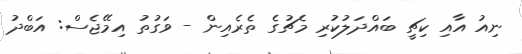
ނިއު އާއި ކިޗީ ބައްދަލުކުރި މެޗުގެ ތެރެއިން - ވަގުތު އިމޭޖެސް: އަބްދު